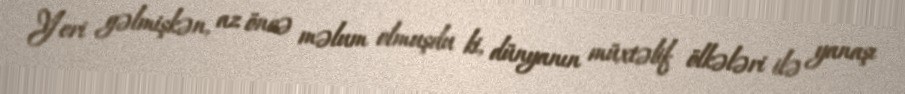
Yeri gəlmişkən, az öncə məlum olmuşdu ki, dünyanın müxtəlif ölkələri ilə yanaşı